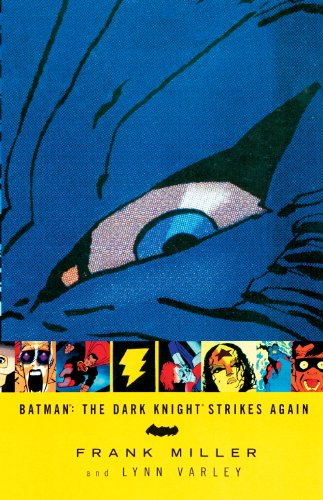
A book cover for Batman: The Dark Knight Strikes Again; Frank Miller; Comics & Graphic Novels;